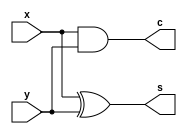
module halfadder (input x,y,
                  output s,c);

        assign s = x ^ y;
        assign c = x & y;
endmodule

module tb_halfadder(
    output reg x, y,     // Inputs to the half adder
    input s, c);    // Outputs from the half adder

    // Instantiate the halfadder
    halfadder uut (
        .x(x),
        .y(y),
        .s(s),
        .c(c)
    );

    initial begin
        $monitor($time, " x=%b y=%b s=%b c=%b", x, y, s, c);  //format specifiers

        // Apply test vectors with correct delays
        x = 1'b0; y = 1'b0; #5;
        x = 1'b1; y = 1'b0; #5;
        x = 1'b0; y = 1'b1; #5;
        x = 1'b1; y = 1'b1; #5;

        $finish;  // Terminate the simulation
    end
endmodule
module wb;
    tb_halfadder tb();  // Instantiate the testbench
endmodule